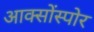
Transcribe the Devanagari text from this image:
आक्सोंस्पोर